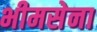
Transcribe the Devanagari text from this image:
भीमसेना